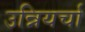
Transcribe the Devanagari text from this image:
उन्नियर्चा